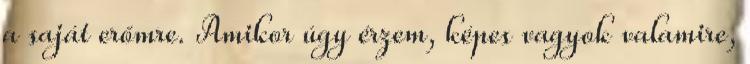
a saját erőmre. Amikor úgy érzem, képes vagyok valamire,